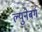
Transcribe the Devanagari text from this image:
ल्युनेबर्ग